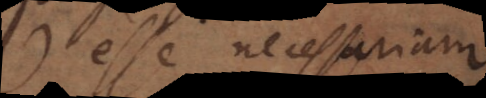
esse necessariam,